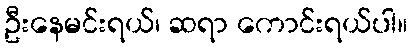
ဦးနေမင်းရယ်၊ ဆရာ ကောင်းရယ်ပါ။